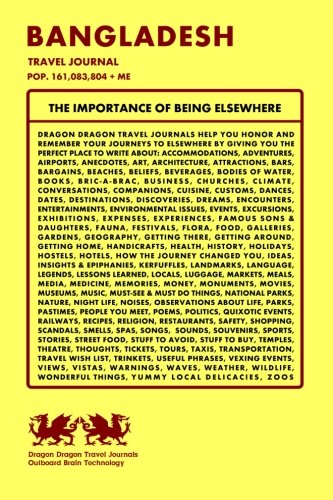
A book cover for Bangladesh Travel Journal, Pop. 161,083,804 + Me; Dragon Dragon Travel Journals; Travel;